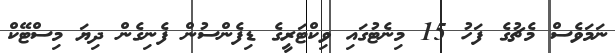
ނަމަވެސް މެޗުގެ ފަހު 15 މިނެޓުގައި ވިކްޓަރީގެ ޑިފެންސުން ފެނިގެން ދިޔަ މިސްޓޭކް